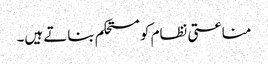
مناعتی نظام کو مستحکم بناتے ہیں۔